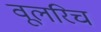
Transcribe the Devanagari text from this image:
वूलरिच